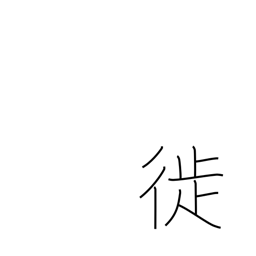
Meaning: move